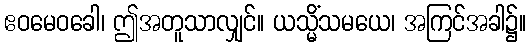
ဧဝမေဝခေါ၊ ဤအတူသာလျှင်။ ယသ္မိံသမယေ၊ အကြင်အခါ၌။